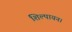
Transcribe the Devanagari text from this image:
शिल्पायन।